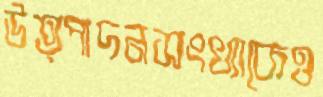
উত্পাদনসংখ্যাকেও